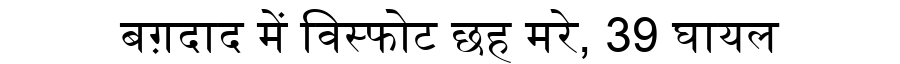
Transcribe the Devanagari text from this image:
बग़दाद में विस्फोट छह मरे, 39 घायल